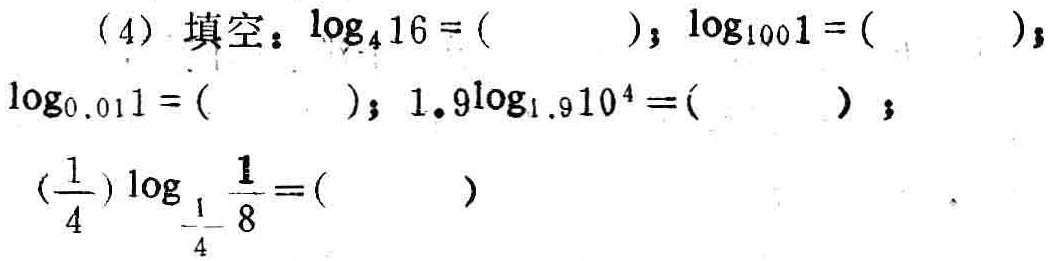
(4) 填空：\(\log_{4}16 = (\quad)\); \(\log_{100}1 = (\quad)\); \(\log_{0.01}1 = (\quad)\); \(1.9^{\log_{1.9}10^{4}}=(\quad)\); \((\frac{1}{4})^{\log_{\frac{1}{4}}\frac{1}{8}} = (\quad)\)